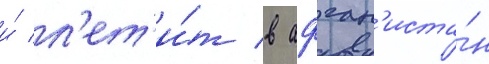
и́ л'ет'и́т в афган'иста́н